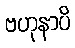
ဗဟုနာပိ